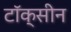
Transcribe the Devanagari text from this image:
टॉक्सीन